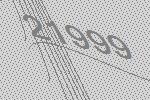
21999